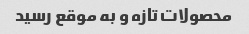
محصولات تازه و به موقع رسید